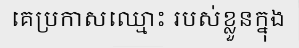
គេប្រកាសឈ្មោះ របស់ខ្លួនក្នុង